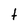
Character: t